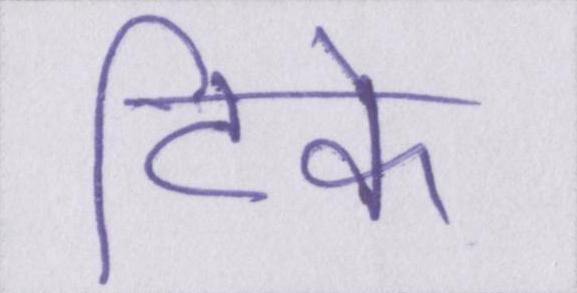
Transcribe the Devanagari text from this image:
टिके